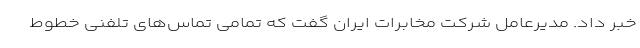
خبر داد. مدیرعامل شرکت مخابرات ایران گفت که تمامی تماس‌های تلفنی خطوط